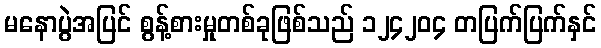
မနောပွဲအပြင် စွန့်စားမှုတစ်ခုဖြစ်သည် ၁၂၄၂၀၄ တပြက်ပြက်နှင်